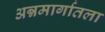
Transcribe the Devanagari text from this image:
अन्नमार्गातला